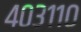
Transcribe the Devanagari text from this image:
४०३११०